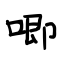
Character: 唧